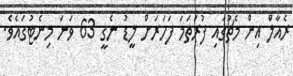
ރެއާލް އިން މެޗުގައި ފުރަތަމަ ފަހަރަށް ލީޑު ނެގީ 63 ވަނަ މިނެޓުގައެވެ.